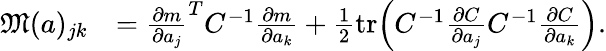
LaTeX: \begin{array}{rl}{\mathfrak{M}(a)_{jk}}&{=\frac{\partial m}{\partial a_{j}}^{T}C^{-1}\frac{\partial m}{\partial a_{k}}+\frac{1}{2}\mathrm{tr}\Bigl(C^{-1}\frac{\partial C}{\partial a_{j}}C^{-1}\frac{\partial C}{\partial a_{k}}\Bigr).}\end{array}